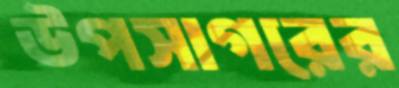
উপসাগরের